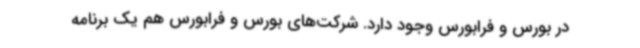
در بورس و فرابورس وجود دارد. شرکت‌های بورس و فرابورس هم یک برنامه